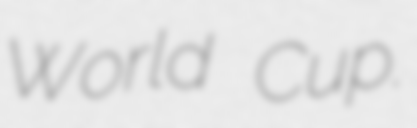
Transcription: World Cup.